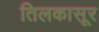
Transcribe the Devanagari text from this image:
तिलकासूर